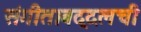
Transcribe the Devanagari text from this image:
संगीताबद्दलची